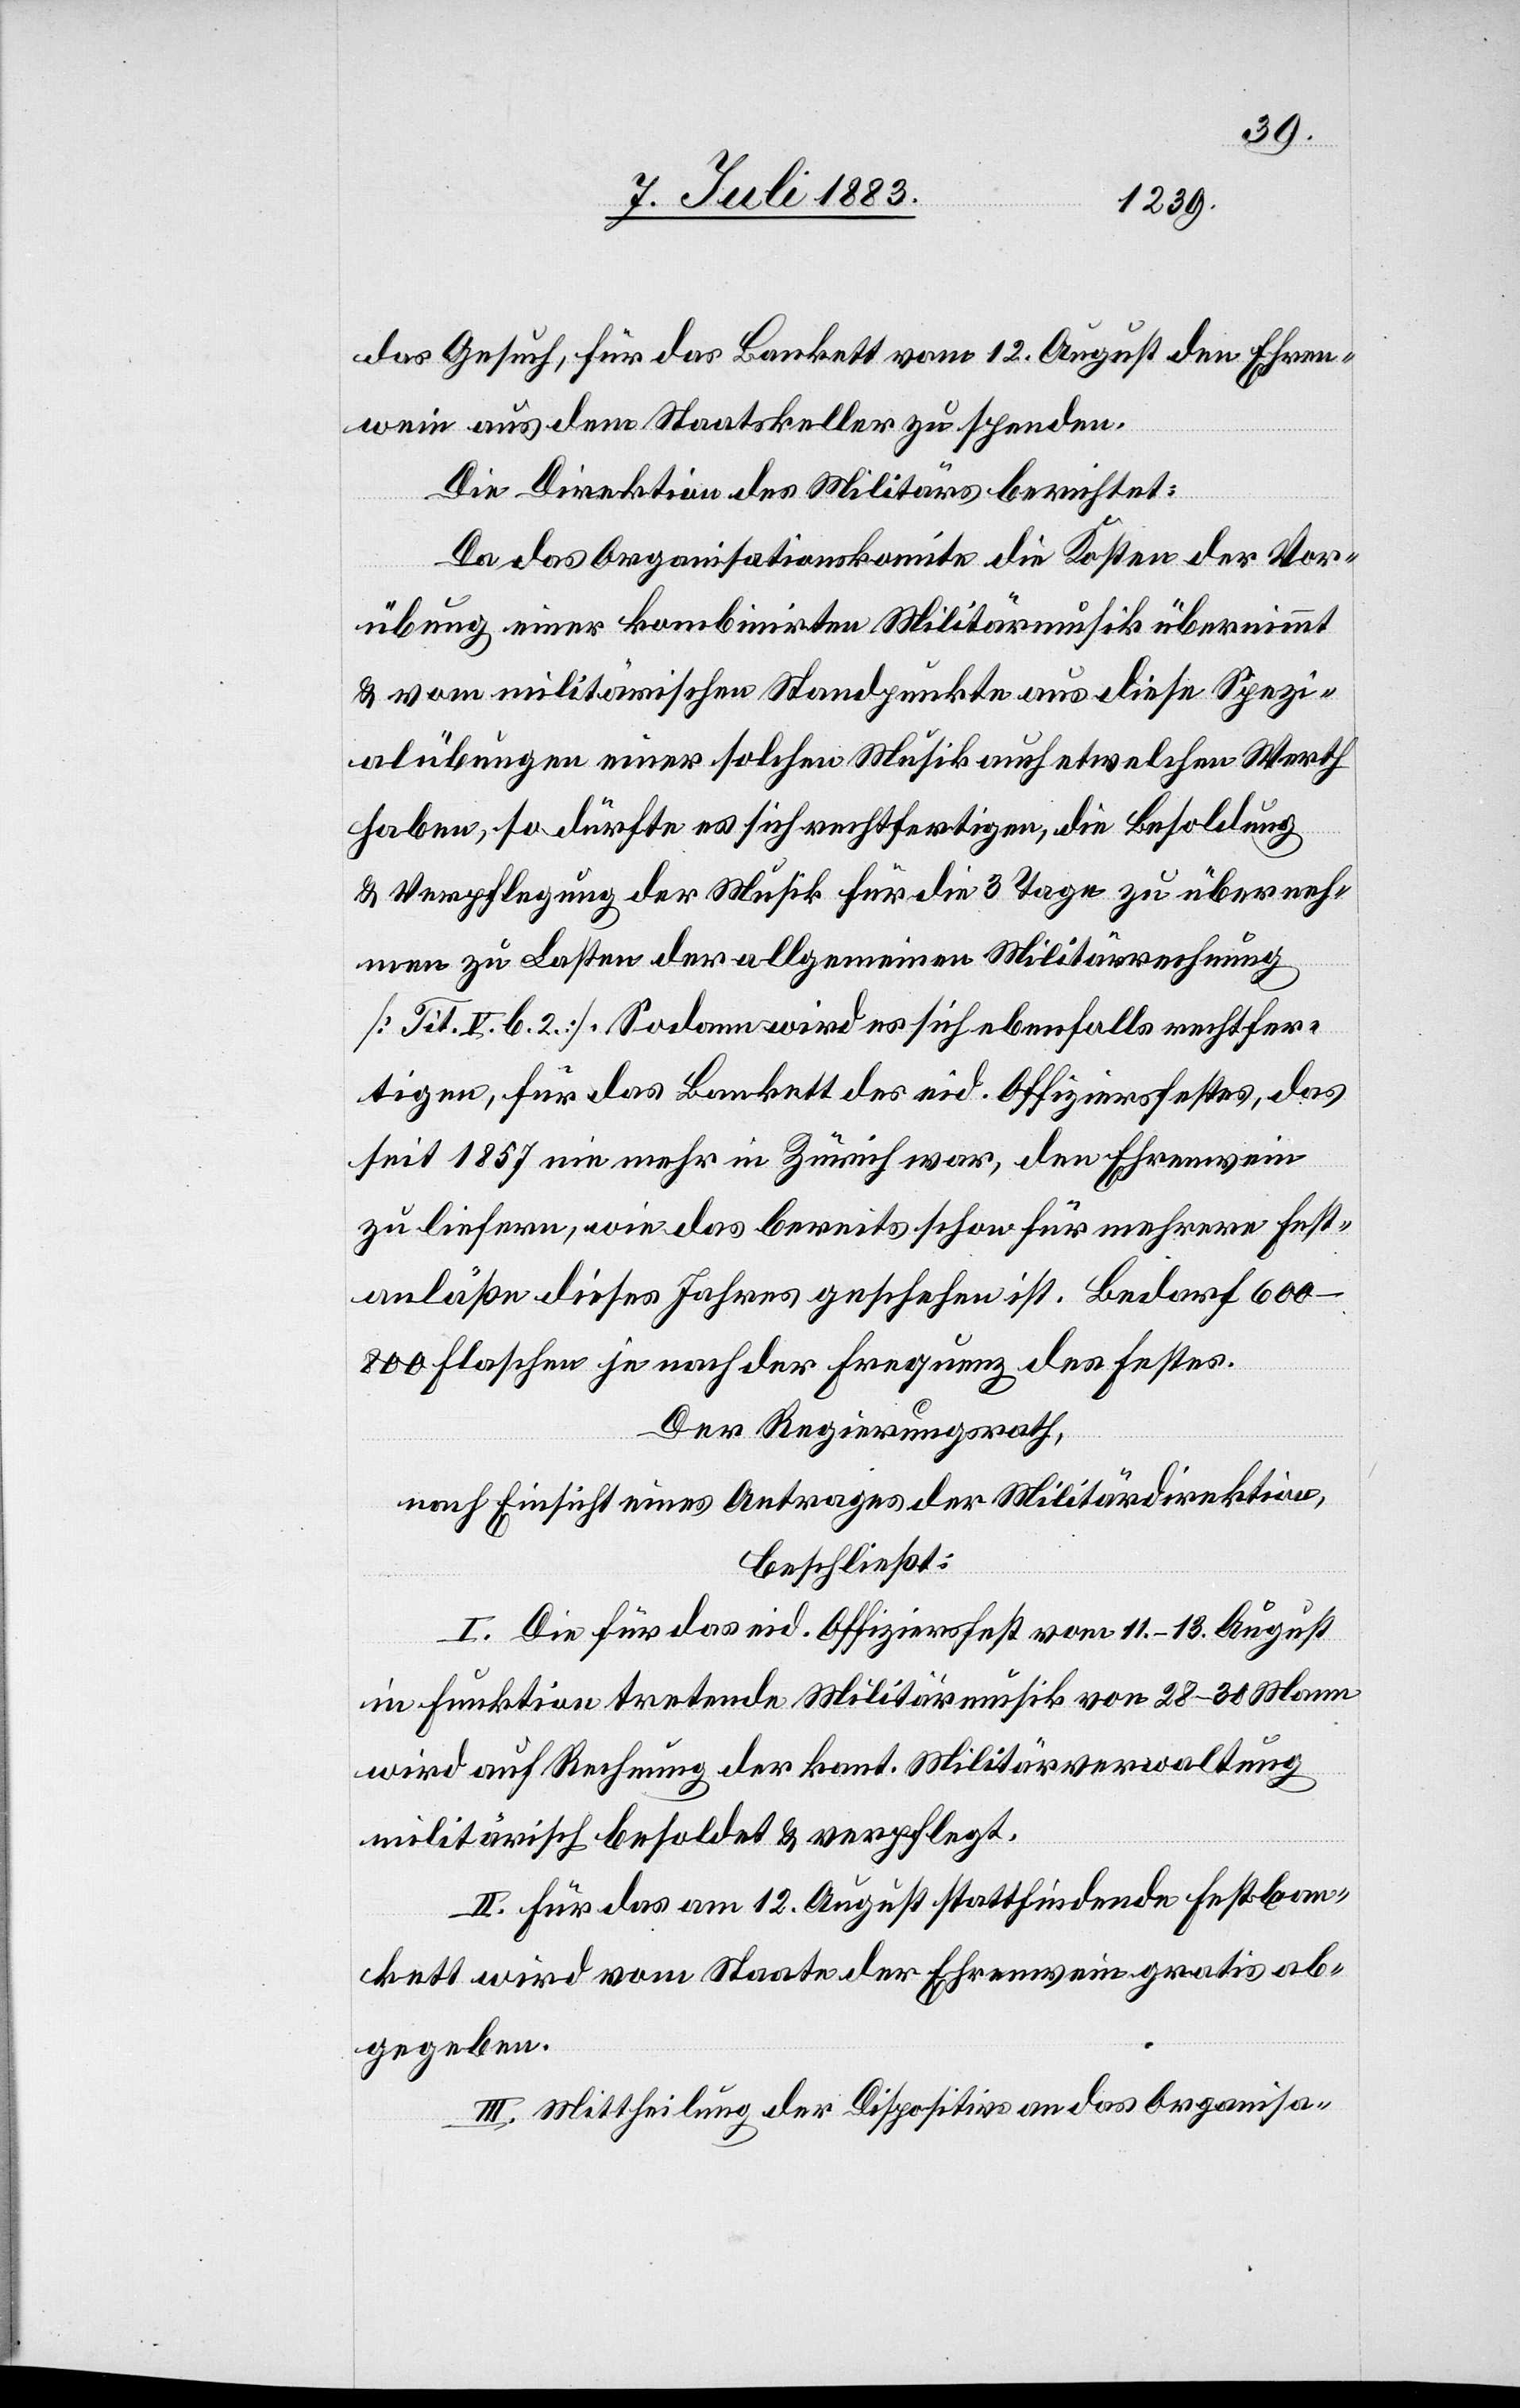
das Gesuch, für das Bankett vom 12. August den Ehren¬
wein aus dem Staatskeller zu spenden.
Die Direktion des Militärs berichtet:
Da das Organisationskomite die Kosten der Vor¬
übung einer kombinirten Militärmusik übernimmt
& vom militärischen Standpunkte aus diese Spezi¬
alübungen einer solchen Musik auch etwelchen Werth
haben, so dürfte es sich rechtfertigen, die Besoldung
& Verpflegung der Musik für die 3 Tage zu überneh¬
men zu Lasten der allgemeinen Militärrechnung
[Tit. V. b. 2]. Sodann wird es sich ebenfalls rechtfer¬
tigen, für das Bankett des eid. Offiziersfestes, das
seit 1857 nie mehr in Zürich war, den Ehrenwein
zu liefern, wie das bereits schon für mehrere Fest¬
anläße dieses Jahres geschehen ist. Bedarf 600–800
Flaschen ja nach der Frequenz des Festes.
Der Regierungsrath,
nach Einsicht eines Antrages der Militärdirektion,
beschließt:
I. Die für das eid. Offiziersfest vom 11.–13. August
in Funktion tretende Militärmusik von 28–30 Mann
wird auf Rechnung der kant. Militärverwaltung
militärisch besoldet & verpflegt,
II. Für das am 12. August stattfindende Festban¬
kett wird vom Staate der Ehrenwein gratis ab¬
gegeben.
III. Mittheilung der Dispositive an das Organisa-